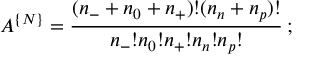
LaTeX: { \cal A } ^ { \{ { \cal N } \} } = \frac { ( n _ { - } + n _ { 0 } + n _ { + } ) ! ( n _ { n } + n _ { p } ) ! } { n _ { - } ! n _ { 0 } ! n _ { + } ! n _ { n } ! n _ { p } ! } \, ;